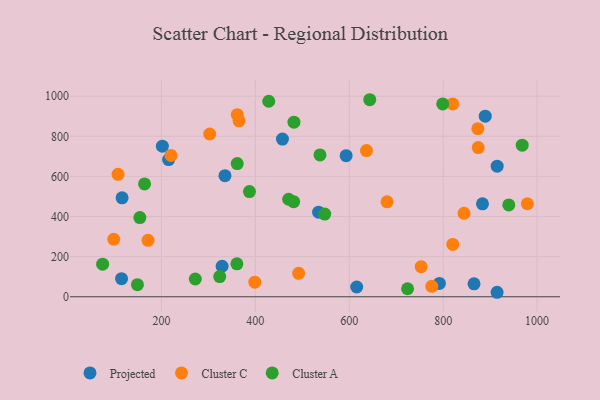
{"axis": {"x": "Engine Size", "y": "Profit"}, "legend": ["Cluster A", "Cluster C", "Projected"], "data": [{"x": "792.0", "y": 66.3, "type": "Projected"}, {"x": "329.3", "y": 152.1, "type": "Projected"}, {"x": "457.8", "y": 786.4, "type": "Projected"}, {"x": "914.8", "y": 22.4, "type": "Projected"}, {"x": "883.7", "y": 463.2, "type": "Projected"}, {"x": "115.2", "y": 90.4, "type": "Projected"}, {"x": "215.4", "y": 683.9, "type": "Projected"}, {"x": "593.4", "y": 703.3, "type": "Projected"}, {"x": "865.7", "y": 64.7, "type": "Projected"}, {"x": "116.3", "y": 493.2, "type": "Projected"}, {"x": "202.1", "y": 750.9, "type": "Projected"}, {"x": "615.9", "y": 48.6, "type": "Projected"}, {"x": "915.0", "y": 651.3, "type": "Projected"}, {"x": "889.6", "y": 900.6, "type": "Projected"}, {"x": "534.8", "y": 421.8, "type": "Projected"}, {"x": "335.4", "y": 603.9, "type": "Projected"}, {"x": "680.5", "y": 473.6, "type": "Cluster C"}, {"x": "492.3", "y": 116.7, "type": "Cluster C"}, {"x": "399.0", "y": 72.7, "type": "Cluster C"}, {"x": "979.3", "y": 463.7, "type": "Cluster C"}, {"x": "753.1", "y": 150.2, "type": "Cluster C"}, {"x": "873.8", "y": 838.2, "type": "Cluster C"}, {"x": "171.6", "y": 281.4, "type": "Cluster C"}, {"x": "820.4", "y": 961.3, "type": "Cluster C"}, {"x": "98.5", "y": 286.8, "type": "Cluster C"}, {"x": "820.5", "y": 260.9, "type": "Cluster C"}, {"x": "220.4", "y": 704.7, "type": "Cluster C"}, {"x": "365.4", "y": 877.2, "type": "Cluster C"}, {"x": "107.7", "y": 610.3, "type": "Cluster C"}, {"x": "775.7", "y": 52.1, "type": "Cluster C"}, {"x": "874.7", "y": 743.8, "type": "Cluster C"}, {"x": "844.5", "y": 415.9, "type": "Cluster C"}, {"x": "636.7", "y": 729.0, "type": "Cluster C"}, {"x": "361.6", "y": 908.0, "type": "Cluster C"}, {"x": "302.9", "y": 811.4, "type": "Cluster C"}, {"x": "547.8", "y": 412.5, "type": "Cluster A"}, {"x": "149.0", "y": 60.4, "type": "Cluster A"}, {"x": "74.9", "y": 162.7, "type": "Cluster A"}, {"x": "387.5", "y": 524.7, "type": "Cluster A"}, {"x": "968.3", "y": 755.6, "type": "Cluster A"}, {"x": "272.2", "y": 88.5, "type": "Cluster A"}, {"x": "939.7", "y": 457.9, "type": "Cluster A"}, {"x": "428.6", "y": 974.8, "type": "Cluster A"}, {"x": "361.5", "y": 664.2, "type": "Cluster A"}, {"x": "482.3", "y": 870.5, "type": "Cluster A"}, {"x": "360.8", "y": 164.2, "type": "Cluster A"}, {"x": "537.7", "y": 707.2, "type": "Cluster A"}, {"x": "799.0", "y": 961.4, "type": "Cluster A"}, {"x": "724.2", "y": 39.9, "type": "Cluster A"}, {"x": "164.2", "y": 562.5, "type": "Cluster A"}, {"x": "643.7", "y": 982.4, "type": "Cluster A"}, {"x": "481.6", "y": 474.1, "type": "Cluster A"}, {"x": "471.0", "y": 486.1, "type": "Cluster A"}, {"x": "324.2", "y": 100.8, "type": "Cluster A"}, {"x": "154.2", "y": 394.9, "type": "Cluster A"}]}